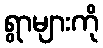
ရွာများကို